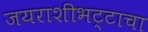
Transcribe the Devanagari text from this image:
जयराशीभट्टाचा